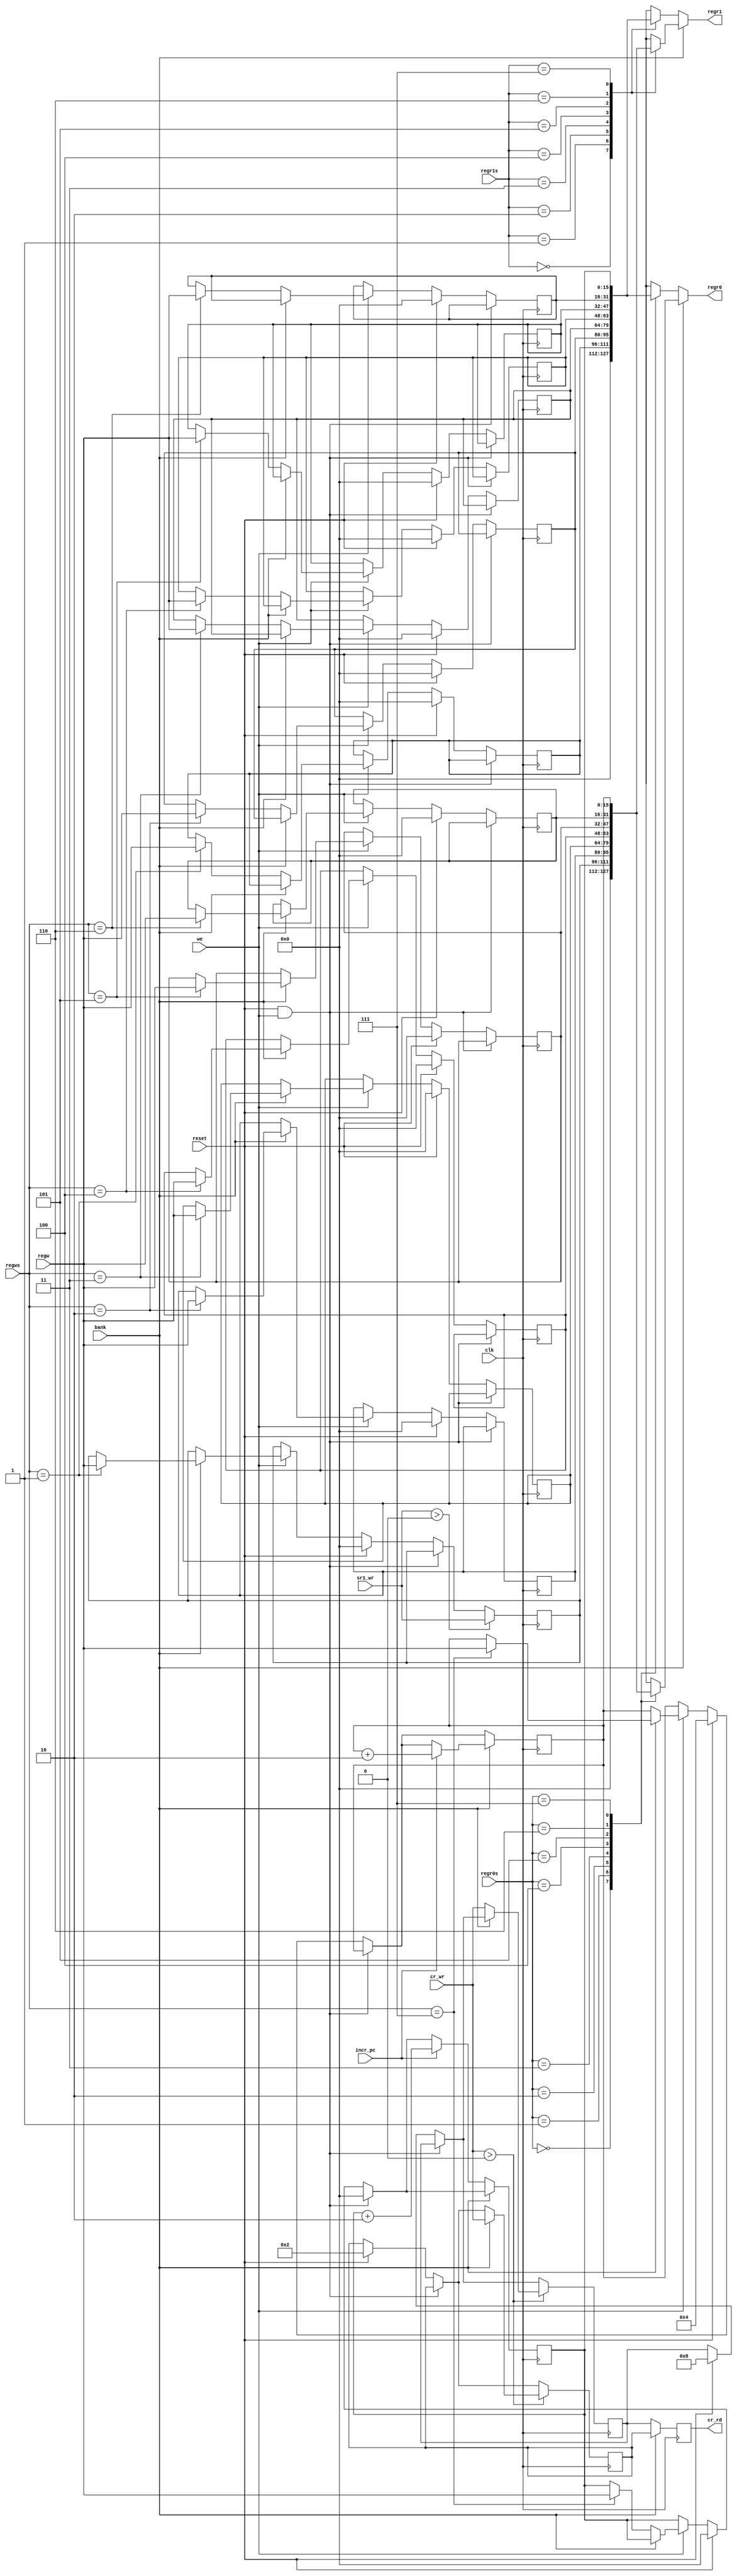
// Regfile proof of concept
//

module regfile3 (
regr0,
regr1,
regw,
regr0s,
regr1s,
regws,
we,
bank,
incr_pc,
reset,
cr_wr,
cr_rd,
sr1_wr,
clk
);

input [15:0] regw, cr_wr, sr1_wr;
input [2:0] regr0s, regr1s, regws;
input we, clk, incr_pc, reset, bank;
output [15:0] regr0, regr1, cr_rd;
reg [15:0] regr0, regr1, cr_rd;

parameter IVEC = 16'h4, CR_INIT = 16'h8, sCR_INIT = 16'h2;

reg [15:0] R1 = 0;
reg [15:0] R2 = 0;
reg [15:0] R3 = 0;
reg [15:0] R4 = 0;
reg [15:0] R5 = 0;
reg [15:0] R6 = 0;
reg [15:0] R7 = 0;
reg [15:0] CR = 0; // irq enable

reg [15:0] sR1 = 0;
reg [15:0] sR2 = 0;
reg [15:0] sR3 = 0;
reg [15:0] sR4 = 0;
reg [15:0] sR5 = 0;
reg [15:0] sR6 = 0;
reg [15:0] sR7 = IVEC;
reg [15:0] sCR = 0; // mode = system

always @*
begin
	if (bank==0) begin
		case(regr0s)
		3'b000: regr0 = 0;
		3'b001: regr0 = R1;
		3'b010: regr0 = R2;
		3'b011: regr0 = R3;
		3'b100: regr0 = R4;
		3'b101: regr0 = R5;
		3'b110: regr0 = R6;
		3'b111: regr0 = R7;
	  default: regr0 = 0;
		endcase

		case(regr1s)
		3'b000: regr1 = 0;
		3'b001: regr1 = R1;
		3'b010: regr1 = R2;
		3'b011: regr1 = R3;
		3'b100: regr1 = R4;
		3'b101: regr1 = R5;
		3'b110: regr1 = R6;
		3'b111: regr1 = R7;
	  default: regr1 = 0;
		endcase
	end else begin
		case(regr0s)
		3'b000: regr0 = 0;
		3'b001: regr0 = sR1;
		3'b010: regr0 = sR2;
		3'b011: regr0 = sR3;
		3'b100: regr0 = sR4;
		3'b101: regr0 = sR5;
		3'b110: regr0 = sR6;
		3'b111: regr0 = sR7;
	  default: regr0 = 0;
		endcase

		case(regr1s)
		3'b000: regr1 = 0;
		3'b001: regr1 = sR1;
		3'b010: regr1 = sR2;
		3'b011: regr1 = sR3;
		3'b100: regr1 = sR4;
		3'b101: regr1 = sR5;
		3'b110: regr1 = sR6;
		3'b111: regr1 = sR7;
	  default: regr1 = 0;
		endcase
	end
end

always @(negedge clk)
begin
	if (reset && we) begin
		R7 <= 0;
	end else if (reset) begin
		R1 <= 0;
		R2 <= 0;
		R3 <= 0;
		R4 <= 0;
		R5 <= 0;
		R6 <= 0;
		R7 <= 0;
		CR <= CR_INIT;
		sR1 <= 0;
		sR2 <= 0;
		sR3 <= 0;
		sR4 <= 0;
		sR5 <= 0;
		sR6 <= 0;
		sR7 <= IVEC;
		sCR <= sCR_INIT;
		cr_rd <= CR;
	end else if (we) begin
		if (bank==0) begin
	    case(regws)
			3'b001: R1 <= regw;
			3'b010: R2 <= regw;
			3'b011: R3 <= regw;
			3'b100: R4 <= regw;
			3'b101: R5 <= regw;
			3'b110: R6 <= regw;
			3'b111: R7 <= regw;
	    endcase
  	end else begin
			case(regws)
			3'b001: sR1 <= regw;
			3'b010: sR2 <= regw;
			3'b011: sR3 <= regw;
			3'b100: sR4 <= regw;
			3'b101: sR5 <= regw;
			3'b110: sR6 <= regw;
			3'b111: sR7 <= regw;
			endcase
		end
	end

	if (cr_wr > 0) begin
		if (bank == 0) begin
			CR <= cr_wr;
		end else begin
			sCR <= cr_wr;
		end
	end

	if (bank == 1)
		cr_rd <= sCR;
	else
		cr_rd <= CR;

	if (bank == 0) begin
		if (incr_pc)
	    R7 <= R7 + 2;
	end else begin
		if (incr_pc)
			sR7 <= sR7 +2;
	end

	if (sr1_wr > 0)
		sR1 <= sr1_wr;
end

endmodule